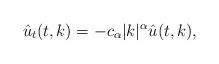
LaTeX: \begin{align*}\hat{u}_t(t,k)=-c_\alpha|k|^\alpha\hat{u}(t,k),\end{align*}